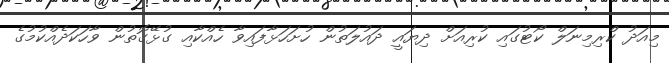
މިއަދު ކްރިމިނަލް ކޯޓުގައި ކުރިއަށް ދިޔައީ ދައުލަތުން ހުށަހަޅާފައިވާ ހެއްކާއި ގުޅޭގޮތުން ވާހަކަދެއްކުމުގެ